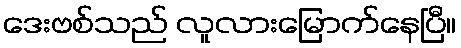
ဒေးဗစ်သည် လူလားမြောက်နေပြီ။